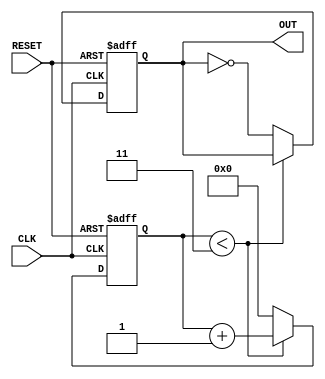
module FrequencyDividerCounter #(
    parameter N = 4  // Configurable division factor
)(
    input wire CLK,    // Input clock signal
    input wire RESET,  // Asynchronous reset signal
    output reg OUT     // Output pulse signal
);
    
    // Internal counter to keep track of the current count
    reg [31:0] counter;  // 32-bit counter for large N
    
    // Initialize the counter and output signal
    initial begin
        counter = 0;
        OUT = 0;
    end
    
    // Always block triggered on the rising edge of the clock or on reset
    always @(posedge CLK or posedge RESET) begin
        if (RESET) begin
            // Reset counter and output on reset signal
            counter <= 0;
            OUT <= 0;
        end else begin
            // Increment the counter
            if (counter < N - 1) begin
                counter <= counter + 1;
            end else begin
                // When counter reaches N, toggle output and reset counter
                OUT <= ~OUT;  // Toggle output
                counter <= 0; // Reset counter
            end
        end
    end
    
endmodule